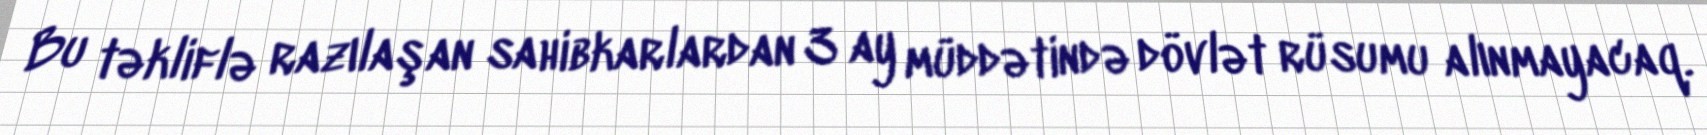
Bu təkliflə razılaşan sahibkarlardan 3 ay müddətində dövlət rüsumu alınmayacaq.